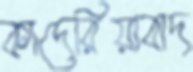
কাদেরিয়াবাদ